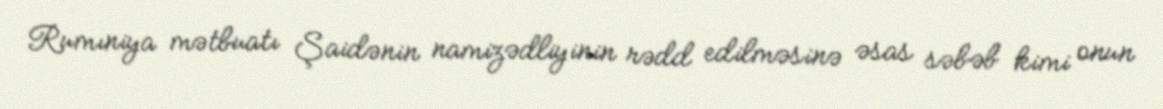
Rumıniya mətbuatı Şaidənin namizədliyinin rədd edilməsinə əsas səbəb kimi onun